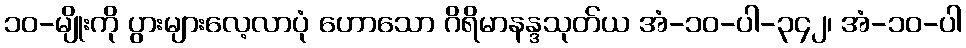
၁၀-မျိုးကို ပွားများလေ့လာပုံ ဟောသော ဂိရိမာနန္ဒသုတ်ယ အံ-၁၀-ပါ-၃၄၂၊ အံ-၁၀-ပါ